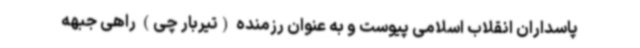
پاسداران انقلاب اسلامی پیوست و به عنوان رزمنده (تیربار چی) راهی جبهه